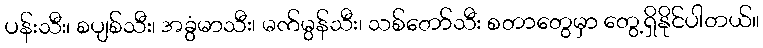
ပန်းသီး၊ စပျစ်သီး၊ အခွံမာသီး၊ မက်မွန်သီး၊ သစ်တော်သီး စတာတွေမှာ တွေ့ရှိနိုင်ပါတယ်။